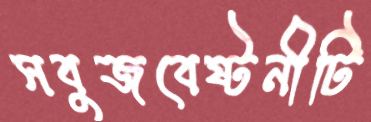
সবুজবেষ্টনীটি